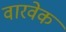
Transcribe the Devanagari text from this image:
वारवेक